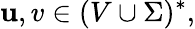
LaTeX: \mathbf{u},v\in(V\cup\Sigma)^{*},